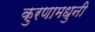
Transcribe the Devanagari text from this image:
कुरणामधुनी